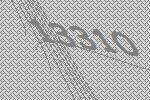
13310